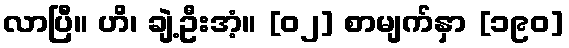
လာပြီ။ ဟိ၊ ချဲ့ဦးအံ့။ [၀၂] စာမျက်နှာ [၁၉၀]